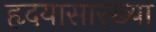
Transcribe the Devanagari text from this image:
हृदयासारख्या